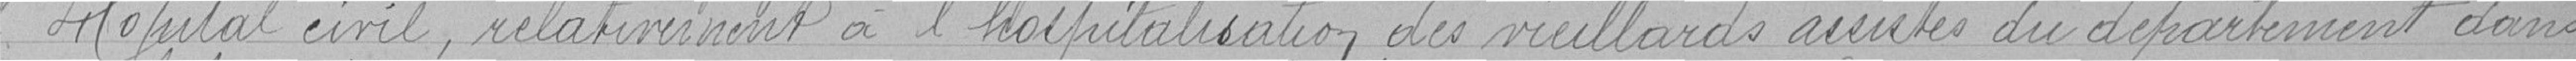
l'hôpital civil, relativement à l'hospitalisation des vieillards assistés du département dans